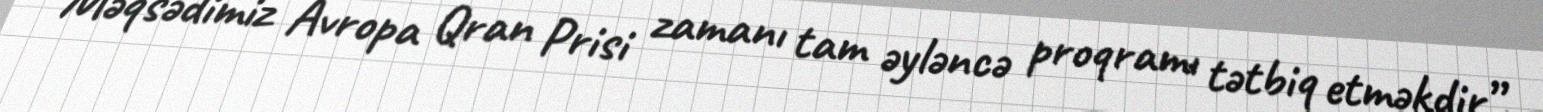
Məqsədimiz Avropa Qran Prisi zamanı tam əyləncə proqramı tətbiq etməkdir”.